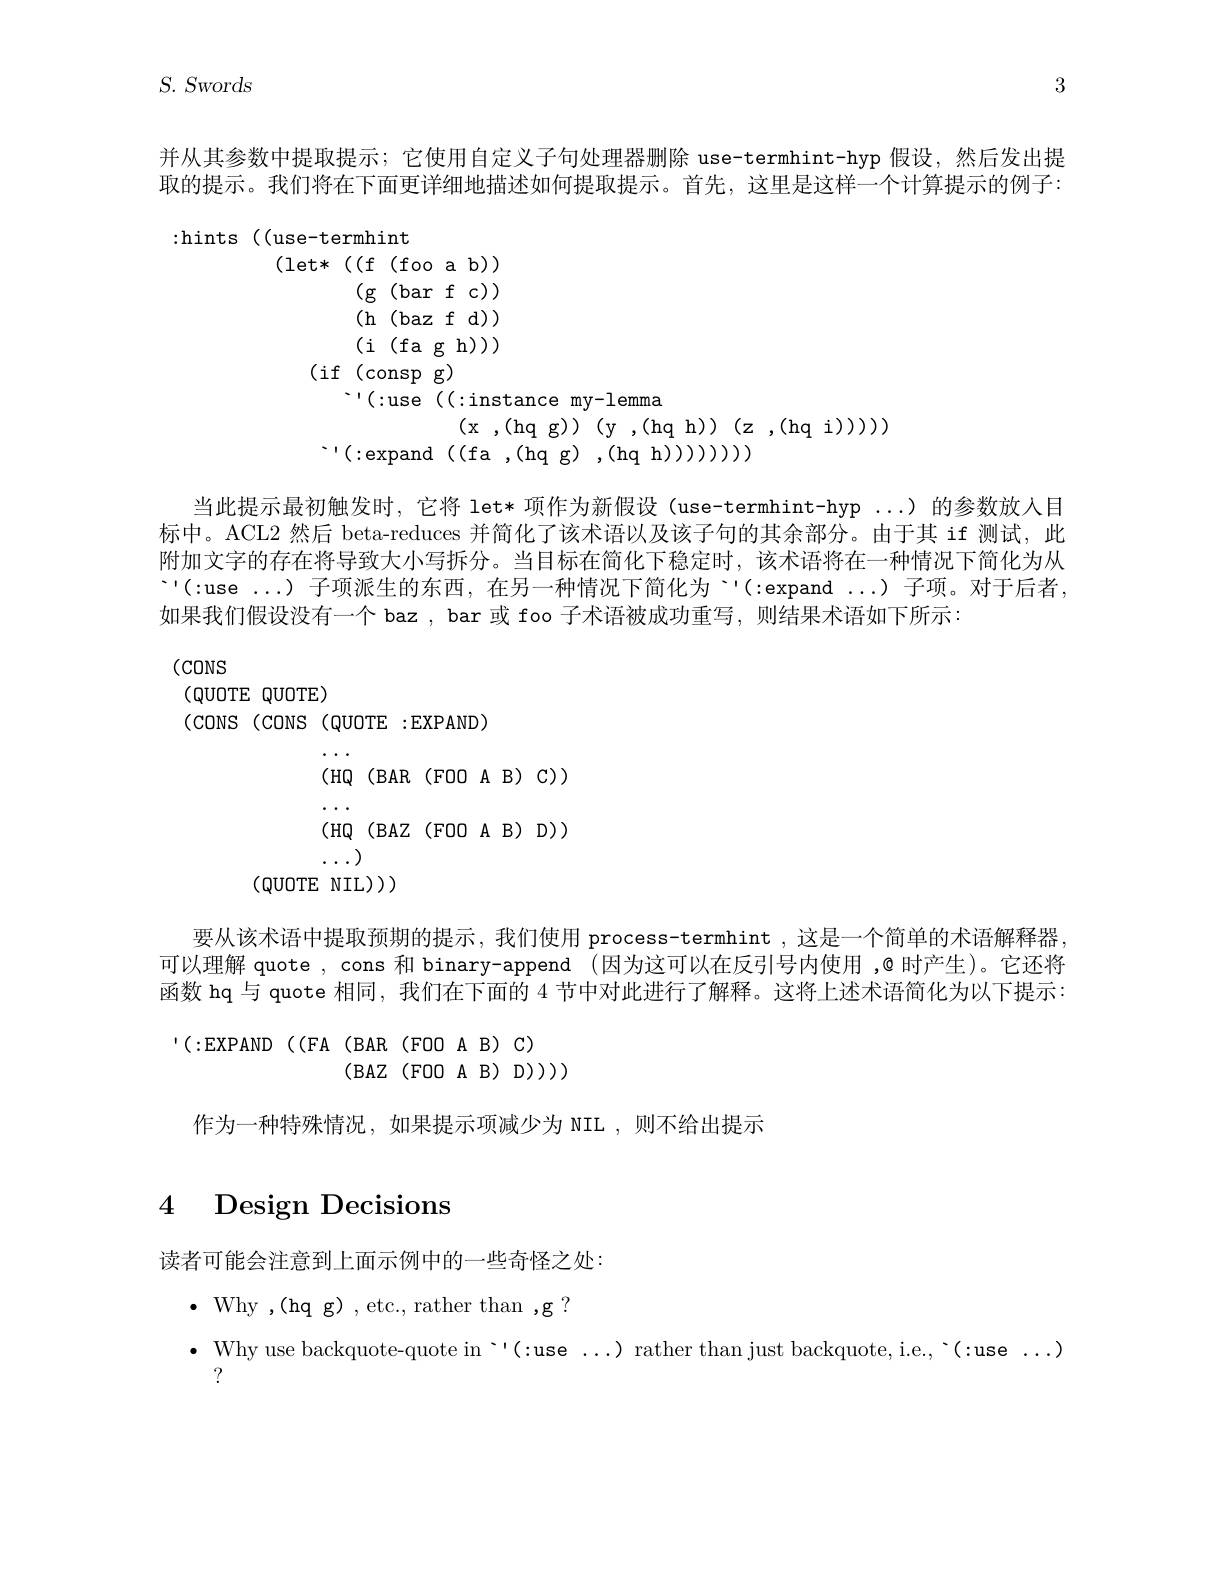
3

$S.$ $S_{\mathrm{wor}ds}$

并从其参数中提取提示；它使用自定义子句处理器删除 use-termhint-hyp 假设，然后发出提取的提示。我们将在下面更详细地描述如何提取提示。首先，这里是这样一个计算提示的例子：
$$\begin{aligned}&\text{se-termhint}\\&\text{let*((f(fooab)))}\\&\text{(g(barfc))}\\&\text{(h(bazfd))}\\&\text{(i(fagh)))}\\&\text{(if(conspg)}\\&\text{“(:use((cinstancemy-lemma}\\&\text{(x,(hqg))(y,(hqh))(z,(hqi)))))}\\&\text{“(:expand((fa,(hqg),(hqh))))))))}\end{aligned}$$
$(CONS$
$(QUOTEQUOTE)$
$(cons(cons(QUOTE:EXPAND)$

当此提示最初触发时，它将 let* 项作为新假设(use-termhint-hyp ...)的参数放入目标中。ACL2 然后 beta-reduces 并简化了该术语以及该子句的其余部分。由于其 if 测试，此附加文字的存在将导致大小写拆分。当目标在简化下稳定时，该术语将在一种情况下简化为从$\because(:$use ...)子项派生的东西，在另一种情况下简化为‘'(:expand...)子项。对于后者， 如果我们假设没有一个 baz , bar 或 foo 子术语被成功重写，则结果术语如下所示：
$(HQ(BAR(FOOAB)C))$
$\cdots\cdots$
$(HQ(BAZ(FOOAB)D))$
$\cdots.)$
$(QUOTE~NIL))$
要从该术语中提取预期的提示，我们使用 process-termhint ,这是一个简单的术语解释器可以理解 quote , cons 和 binary-append (因为这可以在反引号内使用 ,@ 时产生)。它还将函数 hq 与 quote 相同，我们在下面的 4 节中对此进行了解释。这将上述术语简化为以下提示： $^{\prime}(:$EXPAND((FA(BAR(FOO A B) C)
$(BAZ(FOOAB)D))$
作为一种特殊情况，如果提示项减少为 NIL ,则不给出提示

# 4 Design Decisions

读者可能会注意到上面示例中的一些奇怪之处：

$\bullet$ Why ,(hq g) , etc., rather than ,g ?

$\bullet$ Why use backquote- quote in$ ^{\prime }$( : use . . . )  rather than just backquote,  i. e. ,   ( : use . . . )